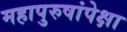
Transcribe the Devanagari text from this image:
महापुरुषांपेक्षा